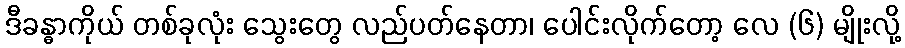
ဒီခန္ဓာကိုယ် တစ်ခုလုံး သွေးတွေ လည်ပတ်နေတာ၊ ပေါင်းလိုက်တော့ လေ (၆) မျိုးလို့